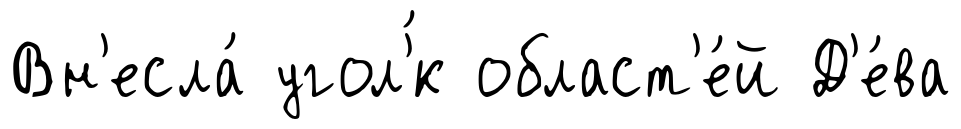
Вн'есла́ угол'́к област'е́й Д'е́ва